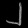
Digit: ၂